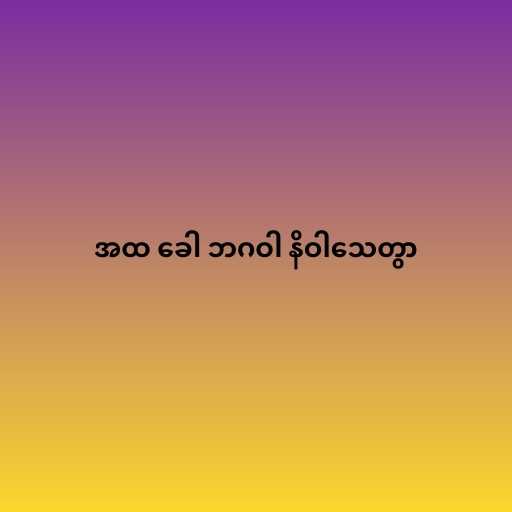
အထ ခေါ ဘဂဝါ နိဝါသေတွာ